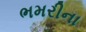
ભમરીના